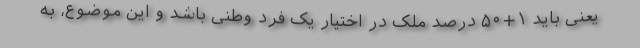
یعنی باید ۱+۵۰ درصد ملک در اختیار یک فرد وطنی باشد و این موضوع، به